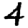
Digit: 4